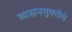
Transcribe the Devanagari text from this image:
व्यसनमुक्‍तीचे